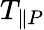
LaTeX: T_{\parallel P}